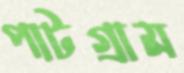
পাটগ্রাম